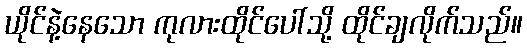
ယိုင်နဲ့နေသော ကုလားထိုင်ပေါ်သို့ ထိုင်ချလိုက်သည်။